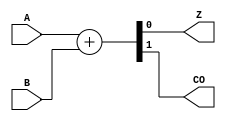
module notech_ha2 (A,B,Z,CO);
input A,B;
output Z,CO;
assign {CO,Z}=A+B;
endmodule